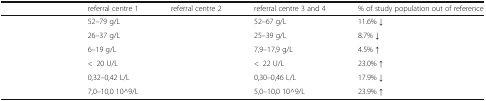
<table><thead><tr><td>[EMPTY_CELL]</td><td><b>referral centre 1</b></td><td><b>referral centre 2</b></td><td><b>referral centre 3 and 4</b></td><td><b>% of study population out of reference</b></td></tr></thead><tbody><tr><td>[EMPTY_CELL]</td><td>52–79 g/L</td><td>[EMPTY_CELL]</td><td>52–67 g/L</td><td>11.6% ↓</td></tr><tr><td>[EMPTY_CELL]</td><td>26–37 g/L</td><td>[EMPTY_CELL]</td><td>25–39 g/L</td><td>8.7% ↓</td></tr><tr><td>[EMPTY_CELL]</td><td>6–19 g/L</td><td>[EMPTY_CELL]</td><td>7,9–17,9 g/L</td><td>4.5% ↑</td></tr><tr><td>[EMPTY_CELL]</td><td>&lt;20 U/L</td><td>[EMPTY_CELL]</td><td>&lt;22 U/L</td><td>23.0% ↑</td></tr><tr><td>[EMPTY_CELL]</td><td>0,32–0,42 L/L</td><td>[EMPTY_CELL]</td><td>0,30–0,46 L/L</td><td>17.9% ↓</td></tr><tr><td>[EMPTY_CELL]</td><td>7,0–10,0 10^9/L</td><td>[EMPTY_CELL]</td><td>5,0–10,0 10^9/L</td><td>23.9% ↑</td></tr></tbody></table>